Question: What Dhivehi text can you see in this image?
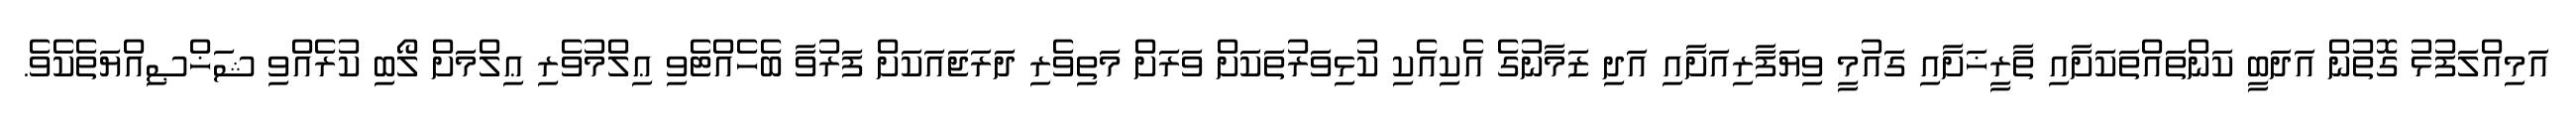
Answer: އަމިއްލަފުޅު ގޮތުން އަދަބީ ކަންތައްތަކަށާއި ތާރީޚަށާއި ގައުމީ ވިޔަފާރިއަށާއި އަދި ޒަމާނުގެ އެކިއެކި ކުޅިވަރުތަކަށް ވަރަށް މަތިވެރި ދަރަޖައަކަށް ފަރުވާ ބެހެއްޓެވި ޢިލްމުވެރި ޢިލްމަށް ލޯބި ކުރެއްވި ޝަޚްޞިއްޔަތެކެވެ.